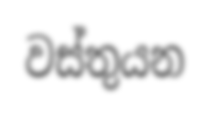
වස්තුයන